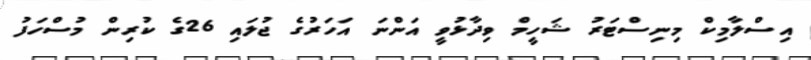
އިސްލާމިކް މިނިސްޓަރު ޝަހީމް ވިދާޅުވީ އަންނަ އަހަރުގެ ޖުލައި 26ގެ ކުރިން މުސްހަފު